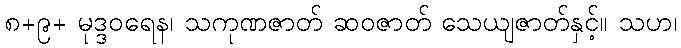
၈+၉+ မုဒ္ဒဝရေန၊ သကုဏဇာတ် ဆဝဇာတ် သေယျဇာတ်နှင့်။ သဟ၊